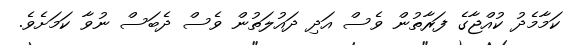
ކަމާމެދު ކުއްޖާގެ ފަރާތުން ވެސް އަދި ދައުލަތުން ވެސް ދެބަސް ނުވާ ކަމަށެވެ.